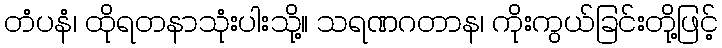
တံပနံ၊ ထိုရတနာသုံးပါးသို့။ သရဏဂတာန၊ ကိုးကွယ်ခြင်းတို့ဖြင့်